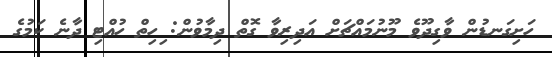
ހަށިގަނޑުން ވާގިދޫވެ މޫނުމައްޗަށް އަދިރިވާ ގޮތް ދިމާވުން: ިހިތް ހުއްޓި ދާނެ ކަމުގެ